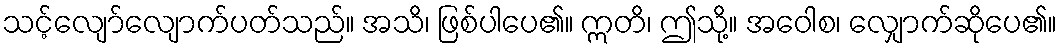
သင့်လျော်လျောက်ပတ်သည်။ အသိ၊ ဖြစ်ပါပေ၏။ ဣတိ၊ ဤသို့။ အဝေါစ၊ လျှောက်ဆိုပေ၏။